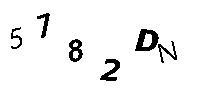
5782DN